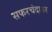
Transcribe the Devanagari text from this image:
सफरचंदावर